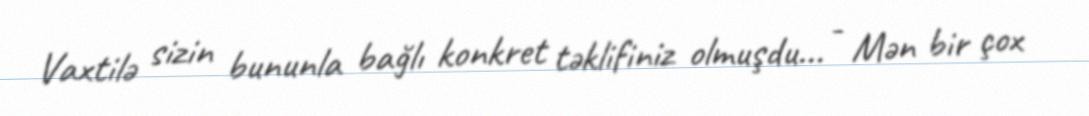
Vaxtilə sizin bununla bağlı konkret təklifiniz olmuşdu... - Mən bir çox